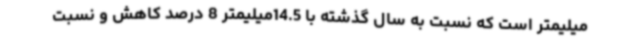
میلیمتر است که نسبت به سال گذشته با 14.5میلیمتر 8 درصد کاهش و نسبت